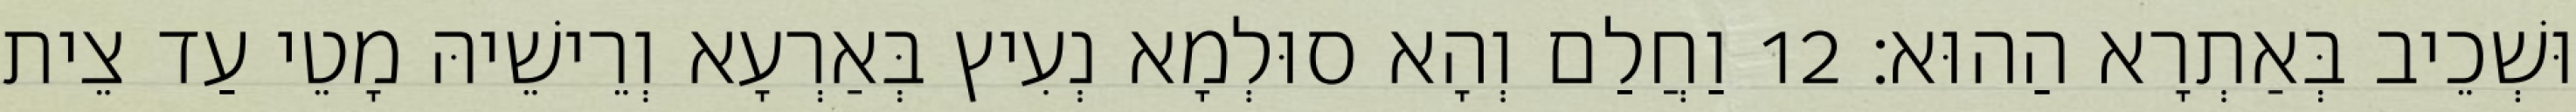
וּשְׁכֵיב בְּאַתְרָא הַהוּא׃ 12 וַחֲלַם וְהָא סוּלְמָא נְעִיץ בְּאַרְעָא וְרֵישֵׁיהּ מָטֵי עַד צֵית